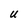
Character: U